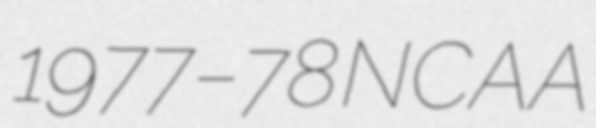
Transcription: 1977–78  NCAA